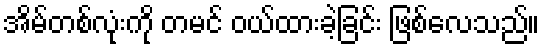
အိမ်တစ်လုံးကို တမင် ဝယ်ထားခဲ့ခြင်း ဖြစ်လေသည်။